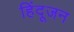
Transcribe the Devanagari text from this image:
हिंदूजन